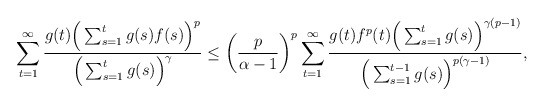
\begin{align*}\sum_{t=1}^{\infty}\frac{g(t)\Big(\sum_{s=1}^{t}g(s)f(s)\Big)^p}{\Big(\sum_{s=1}^{t}g(s)\Big)^\gamma}\leq\bigg(\frac{p}{\alpha-1}\bigg)^p\sum_{t=1}^{\infty}\frac{g(t)f^p(t)\Big(\sum_{s=1}^{t}g(s)\Big)^{\gamma(p-1)}}{\Big(\sum_{s=1}^{t-1}g(s)\Big)^{p(\gamma-1)}},\end{align*}